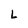
Character: L